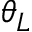
\theta _ { L }